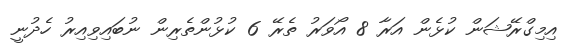
އިމިގްރޭޝަން ކުޅެން އަރާ 8 އޯވަރު ތެރޭ 6 ކުޅުންތެރިން ނުބައިވިއިރު ހެދުނީ